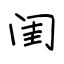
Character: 闺